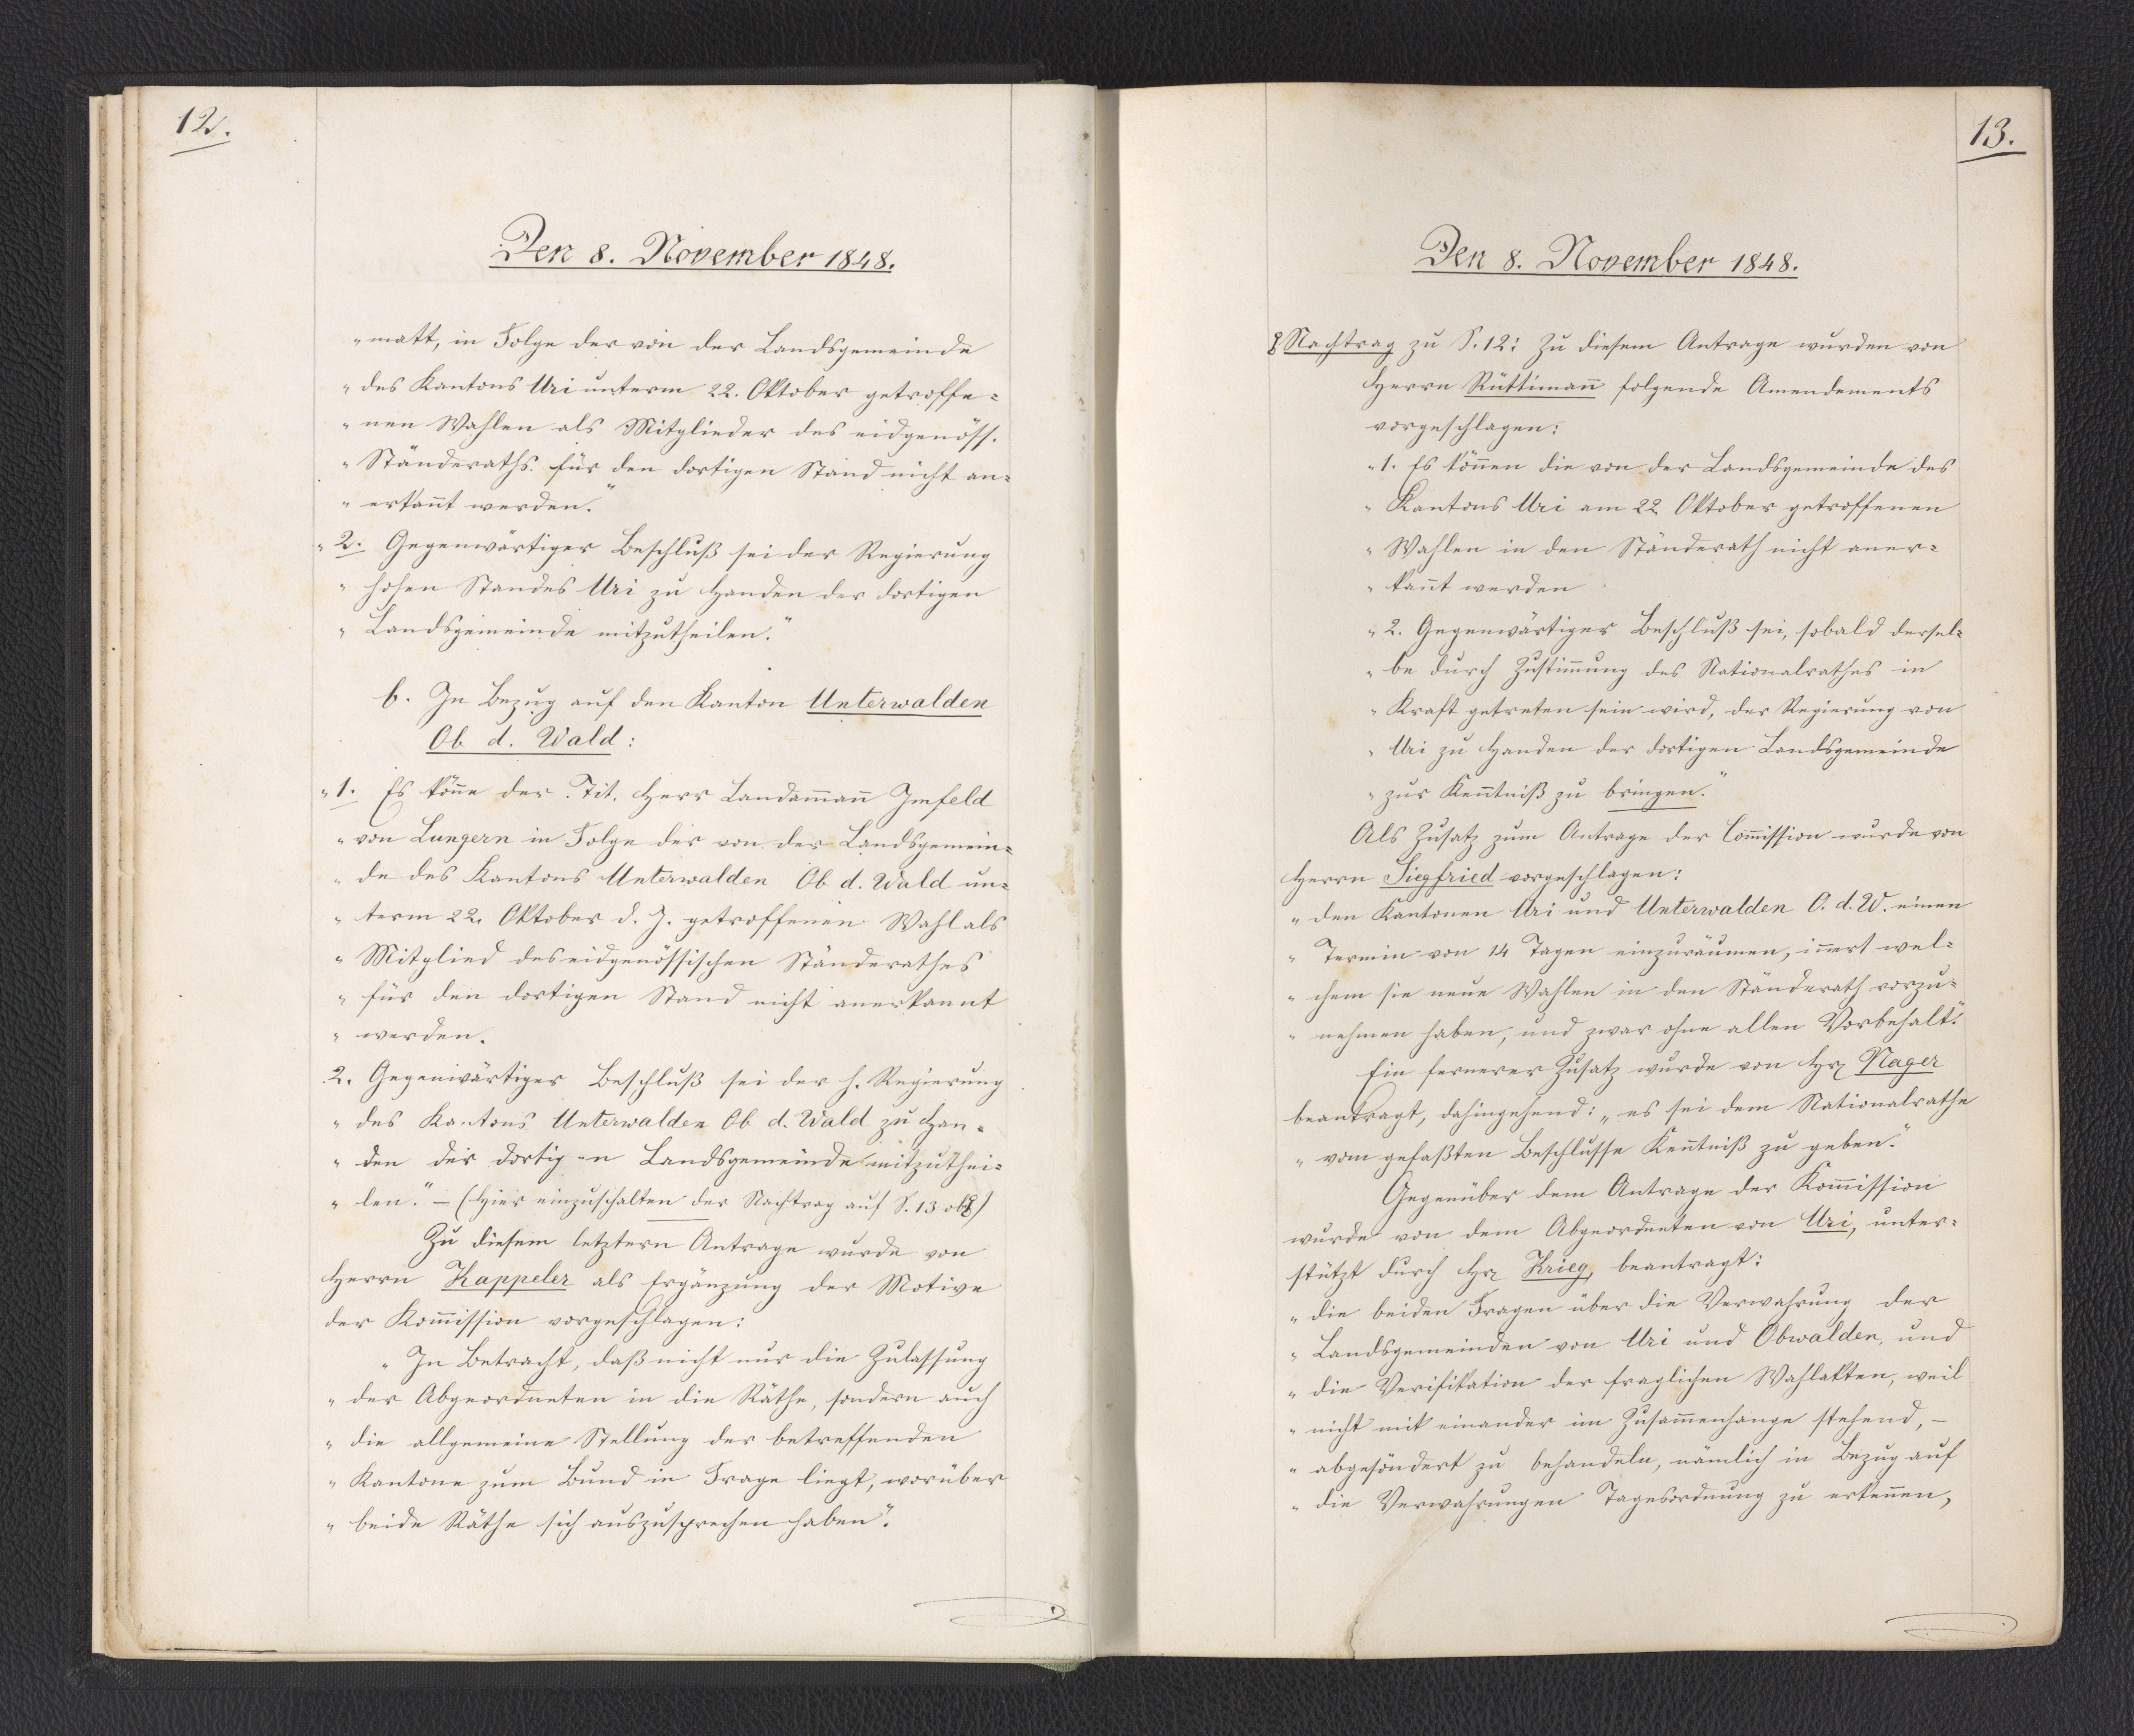
12.

Den 8. November 1848.

matt, in Folge der von der Landsgemeinde
des Kantons Uri unterm 22. Oktober getroffe¬
nen Wahlen als Mitglieder des eidgenöss.
Ständeraths für den dortigen Stand nicht an¬
erkannt werden."
2. Gegenwärtiger Beschluß sei der Regierung
"hohen Standes Uri zu Handen der dortigen
Landsgemeinde mitzutheilen."
b. In Bezug auf den Kanton Unterwalden
Ob d. Wald:
"1. Es könne der Tit. Herr Landammann Imfeld
von Lungern in Folge der von der Landsgemein¬
de des Kantons Unterwalden Ob d. Wald un¬
term 22. Oktober d. J. getroffenen Wahl als
Mitglied des eidgenössischen Ständerathes
für den dortigen Stand nicht anerkannt
werden.
2. Gegenwärtiger Beschluß sei der h. Regierung
des Kantons Unterwalden ob d. Wald zu Han¬
den der dortigen Landsgemeinde mitzuthei¬
len." - (Hier einzuschalten der Nachtrag auf S. 13 ob *)
Zu diesem letztern Antrage wurde von
Herrn Kappeler als Ergänzung der Motive
der Kommission vorgeschlagen:
"In Betracht, daß nicht nur die Zulassung
der Abgeordneten in die Räthe, sondern auch
die allgemeine Stellung der betreffenden
Kantone zum Bund in Frage liegt, worüber
beide Räthe sich auszusprechen haben."

13.

Den 8. November 1848.

* Nachtrag zu S. 12: Zu diesem Antrage wurden von
Herrn Rüttimann folgende Amendements
vorgeschlagen:
"1. Es können die von der Landsgemeinde des
Kantons Uri am 22. Oktober getroffenen
Wahlen in den Ständerath nicht aner¬
kannt werden.
2. Gegenwärtiger Beschluß sei, sobald dersel¬
be durch Zustimmung des Nationalrathes in
Kraft getreten sein wird, der Regierung von
Uri zu Handen der dortigen Landsgemeinde
zur Kenntniß zu bringen."
Als Zusatz zum Antrage der Commission wurde von
Herrn Siegfried vorgeschlagen:
"den Kantonen Uri und Unterwalden O. d. W. einen
Termin von 14 Tagen einzuräumen, innert wel¬
chem sie neue Wahlen in den Ständerath vorzu¬
nehmen haben, und zwar ohne allen Vorbehalt."
Ein fernerer Zusatz wurde von Herrn Nager
beantragt, dahingehend: "es sei dem Nationalrathe
vom gefaßten Beschlusse Kenntniß zu geben."
Gegenüber dem Antrage der Kommission
wurde von dem Abgeordneten von Uri, unter¬
stützt durch Herr Krieg, beantragt:
"die beiden Fragen über die Verwahrung der
Landsgemeindan von Uri und Obwalden, und
die Verifikation der fraglichen Wahlakten, weil
nicht mit einander im Zusammenhange stehend, -
abgesöndert zu behandeln, nämlich in Bezug auf
die Verwahrungen Tagesordnung zu erkennen,